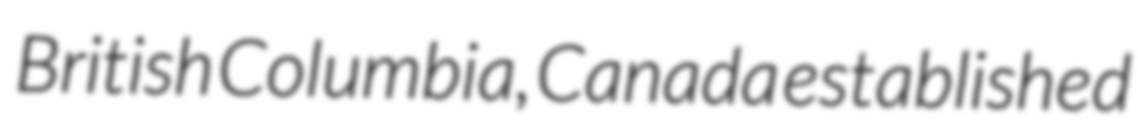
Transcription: British Columbia, Canada established